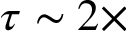
\tau \sim 2 \times